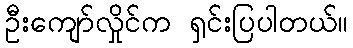
ဦးကျော်လှိုင်က ရှင်းပြပါတယ်။